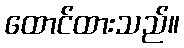
ထောင်ထားသည်။